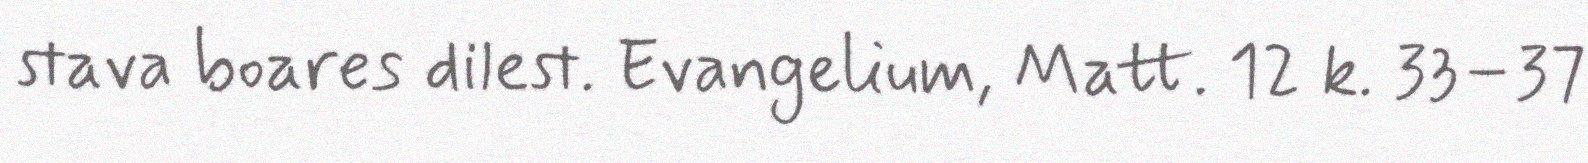
stava boares dilest. Evangelium, Matt. 12 k. 33–37